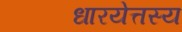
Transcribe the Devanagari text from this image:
धारयेत्तस्य